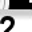
Digit: 2